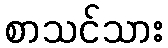
စာသင်သား